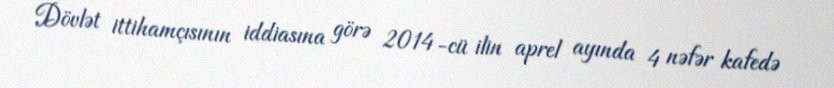
Dövlət ittihamçısının iddiasına görə 2014-cü ilin aprel ayında 4 nəfər kafedə